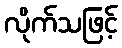
လိုက်သဖြင့်